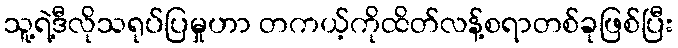
သူ့ရဲ့ဒီလိုသရုပ်ပြမှုဟာ တကယ့်ကိုထိတ်လန့်စရာတစ်ခုဖြစ်ပြီး